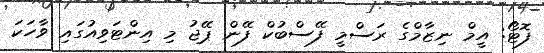
ފޮޓޯ: އީމް ނިޒާމްގެ ރަސްމީ ފޭސްބުކް ފޭން ޕޭޖު މި އިންޓަވިއުގައި ވާހަކަ